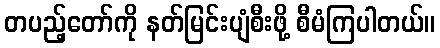
တပည့်တော်ကို နတ်မြင်းပျံစီးဖို့ စီမံကြပါတယ်။